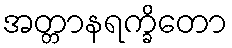
အတ္တာနရက္ခိတော